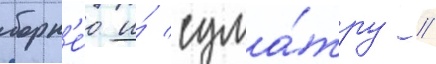
борн'е́о и́ сума́тру /